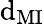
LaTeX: \mathrm{d}_{\mathrm{{MI}}}